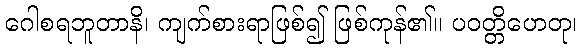
ဂေါစရဘူတာနိ၊ ကျက်စားရာဖြစ်၍ ဖြစ်ကုန်၏။ ပဝတ္တိဟေတု၊